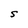
Character: S